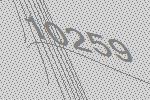
10259